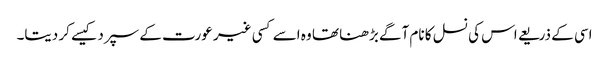
اسی کے ذریعے اس کی نسل کا نام آگے بڑھنا تھا وہ اسے کسی غیر عورت کے سپرد کیسے کر دیتا۔